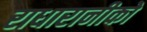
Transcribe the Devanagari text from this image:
राधारानीको